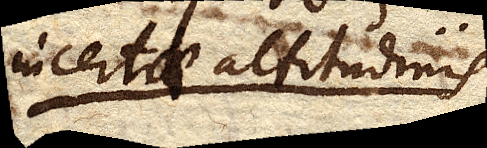
incertae altitudinis